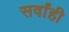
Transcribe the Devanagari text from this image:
सर्वांही